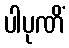
ပါပုဏိံ